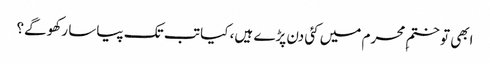
ابھی تو ختمِ محرم میں کئی دن پڑے ہیں، کیا تب تک پیاسا رکھو گے؟